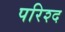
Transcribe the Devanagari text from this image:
परिश्द